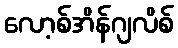
လော့စ်အိန်ဂျလိစ်